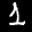
Label: 1